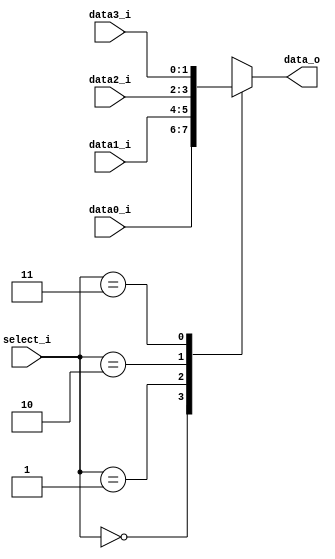
//Subject:     CO project 3 - MUX 321
//--------------------------------------------------------------------------------
//Version:     1
//--------------------------------------------------------------------------------
//Writer:      110652011
//----------------------------------------------
//Date:        
//----------------------------------------------
//Description: Select the signal pass.
//--------------------------------------------------------------------------------
`timescale 1ns/1ps
module MUX_4to1(
        data0_i,
        data1_i,
        data2_i,
        data3_i,
        select_i,
        data_o
        );

parameter size = 0;			   
			
//I/O ports               
input   [size-1:0] data0_i;
input   [size-1:0] data1_i;
input   [size-1:0] data2_i;
input   [size-1:0] data3_i;
input      [2-1:0] select_i;
output  [size-1:0] data_o; 

//Internal Signals
reg     [size-1:0] data_o;

//Main function

    always @(data0_i, data1_i, data2_i, data3_i, select_i) begin
        case (select_i)
            0: data_o <= data0_i;
            1: data_o <= data1_i;
            2: data_o <= data2_i;
            3: data_o <= data3_i;
            default: ;
        endcase
    end

endmodule